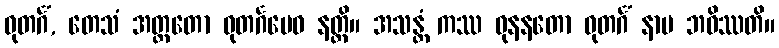
ဓုတင်္ဂံ, တေသံ အတ္ထတော ဓုတင်္ဂမေဝ နတ္ထိ။ အသန္တံ ကဿ ဓုနနတော ဓုတင်္ဂံ နာမ ဘဝိဿတိ။